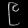
Digit: ၉